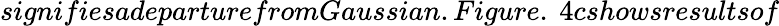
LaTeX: signifiesadeparturefromGaussian.Figure.\ 4cshowsresultsof